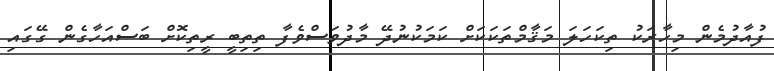
ފުއާދުމެން މިހާރަކު ތިކަހަލަ މަޤާމްތަކަކަށް ކަމަކުނުދޭ މާދުވަސްވެފާ ތިތިބީ ރީތިކޮށް ބަސްއަހާގެން ގޭގައި